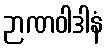
ဉာဏဝါဒါနံ